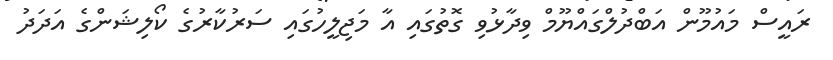
ރައީސް މައުމޫން އަބްދުލްގައްޔޫމް ވިދާޅުވި ގޮތުގައި އާ މަޖިލީހުގައި ސަރުކާރުގެ ކޯލިޝަންގެ އަދަދު